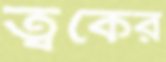
ত্বকের